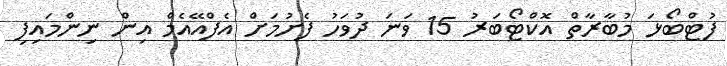
ފުޓްބޯޅަ މުބާރާތް އޮކްޓޯބަރު 15 ވަނަ ދުވަހު ފެށުމަށް އެފްއޭއެމް އިން ނިންމައިފި